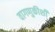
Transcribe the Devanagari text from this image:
वागणुकीशी